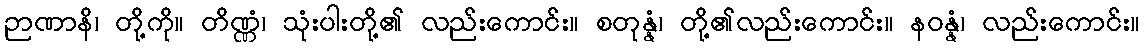
ဉာဏာနိ၊ တို့ကို။ တိဏ္ဏံ၊ သုံးပါးတို့၏ လည်းကောင်း။ စတုန္နံ၊ တို့၏လည်းကောင်း။ နဝန္နံ၊ လည်းကောင်း။